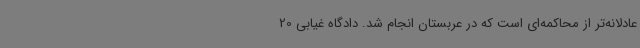
عادلانه‌تر از محاکمه‌ای است که در عربستان انجام شد. دادگاه غیابی 20